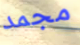
مجمد